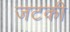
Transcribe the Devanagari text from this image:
जटकी